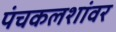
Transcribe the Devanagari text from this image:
पंचकलशांवर